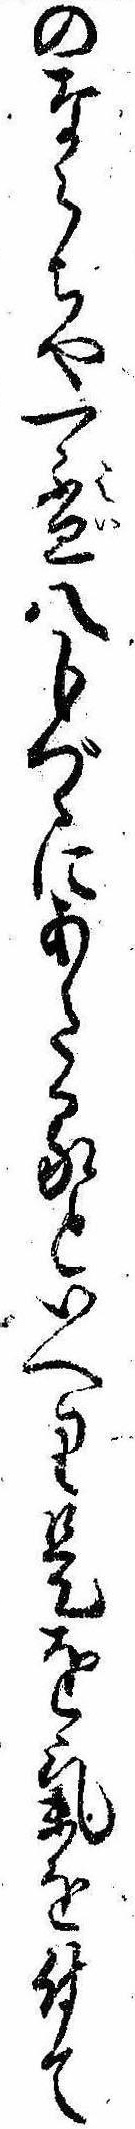
のならちや一杯八分づゝにあたるといへり是を気を付て